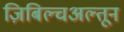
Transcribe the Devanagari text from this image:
ज़िबिल्चअल्तून